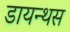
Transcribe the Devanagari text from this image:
डायन्थस